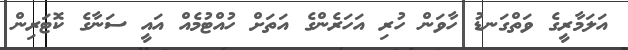
އަލަމާރީގެ ވަތްގަނޑު ހާވަން ހުރި އަހަރެންގެ އަތަށް ހުއްޓުމެއް އައީ ސަނާގެ ކޮޓަރިން